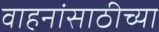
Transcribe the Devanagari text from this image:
वाहनांसाठीच्या